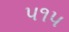
૫૧૫